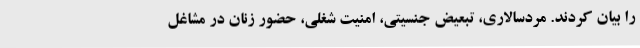
را بیان کردند. مردسالاری، تبعیض جنسیتی، امنیت شغلی، حضور زنان در مشاغل